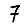
Digit: 7